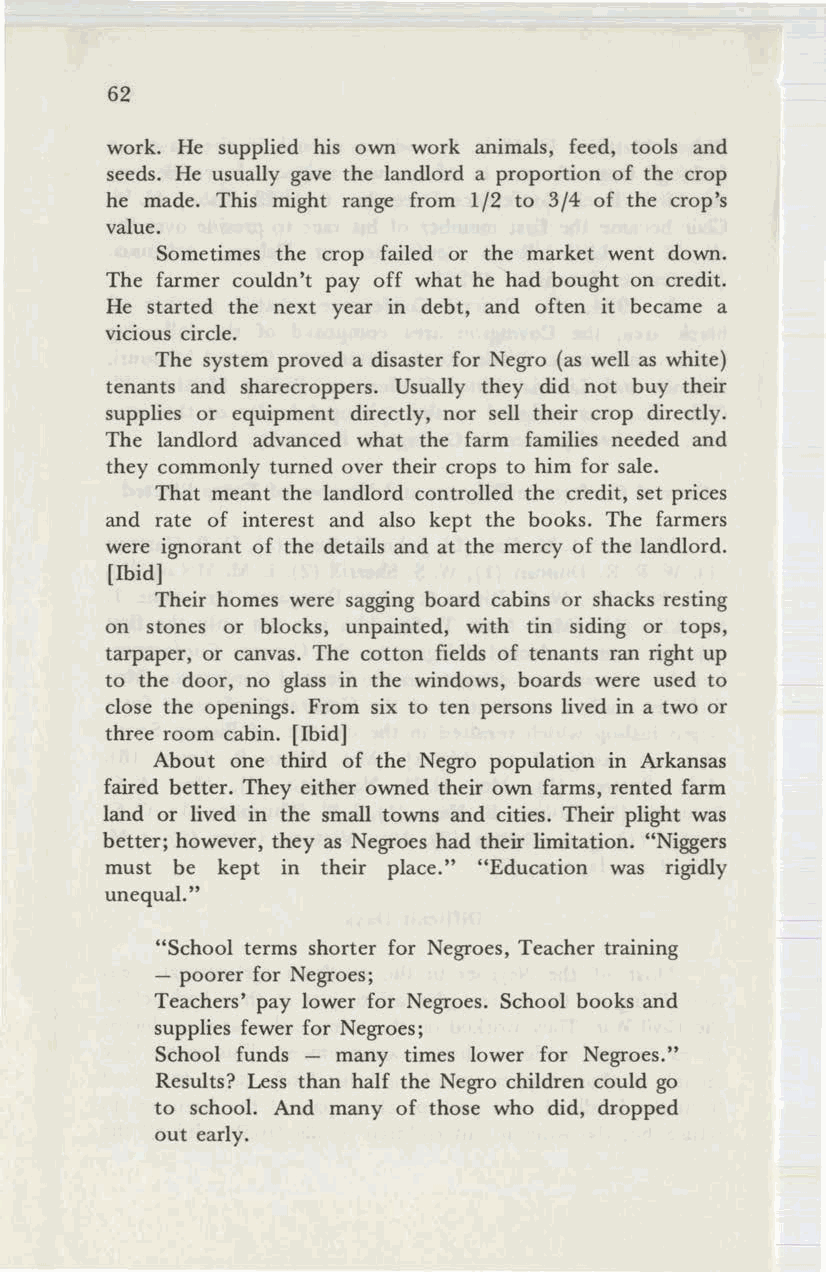
62
 work. He supplied his own work animals, feed, tools and
 seeds. He usually gave the landlord a proportion of the crop
 he made. This might range from 1/2 to 3/4 of the crop's
 value.
 Sometimes the crop failed or the market went down.
 The farmer couldn't payoff what he had bought on credit.
 He started the next year in debt, and often it became a
 vicious circle.
 The system proved a disaster for Negro (as well as white)
 tenants and sharecroppers. Usually they did not buy their
 supplies or equipment directly, nor sell their crop directly.
 The landlord advanced what the farm families needed and
 they commonly turned over their crops to him for sale.
 That meant the landlord controlled the credit, set prices
 and rate of interest and also kept the books. The farmers
 were ignorant of the details and at the mercy of the landlord.
 [Ibid]
 Their homes were sagging board cabins or shacks resting
 on stones or blocks, unpainted, with tin siding or tops,
 tarpaper, or canvas. The cotton fields of tenants ran right up
 to the door, no glass in the windows, boards were used to
 close the openings. From six to ten persons lived in a two or
 three room cabin. [Ibid]
 About one third of the Negro population in Arkansas
 faired better. They either owned their own farms, rented farm
 land or lived in the small towns and cities. Their plight was
 better; however, they as Negroes had their limitation. "Niggers
 must be kept in their place." "Education was rigidly
 unequal."
 "School terms shorter for Negroes, Teacher training
 - poorer for Negroes;
 Teachers' pay lower for Negroes. School books and
 supplies fewer for Negroes;
 School funds - many times lower for Negroes."
 Results? Less than half the Negro children could go
 to school. And many of those who did, dropped
 out early.